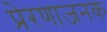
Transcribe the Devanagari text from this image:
प्रेरणाजनक